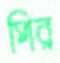
পির